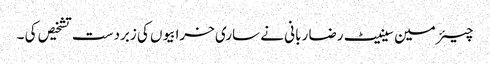
چیئرمین سینیٹ رضا ربانی نے ساری خرابیوں کی زبردست تشخیص کی ۔